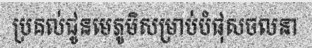
ប្រគល់ជូនមេភូមិសម្រាប់បំផុសចលនា